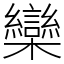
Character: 欒